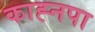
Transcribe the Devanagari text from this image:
काह्नपा